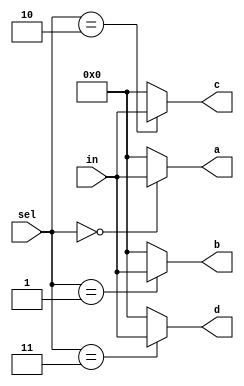
module demux(
    input [1:0] sel,
    input [3:0] in,

    output [3:0] a,
    output [3:0] b,
    output [3:0] c,
    output [3:0] d

);

assign a = (sel==2'h0)? in : 4'h0;
assign b = (sel==2'h1)? in : 4'h0;
assign c = (sel==2'h2)? in : 4'h0;
assign d = (sel==2'h3)? in : 4'h0;


endmodule